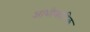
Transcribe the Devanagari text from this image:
आधीकारिक